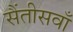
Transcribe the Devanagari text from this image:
सैंतीसवाँ